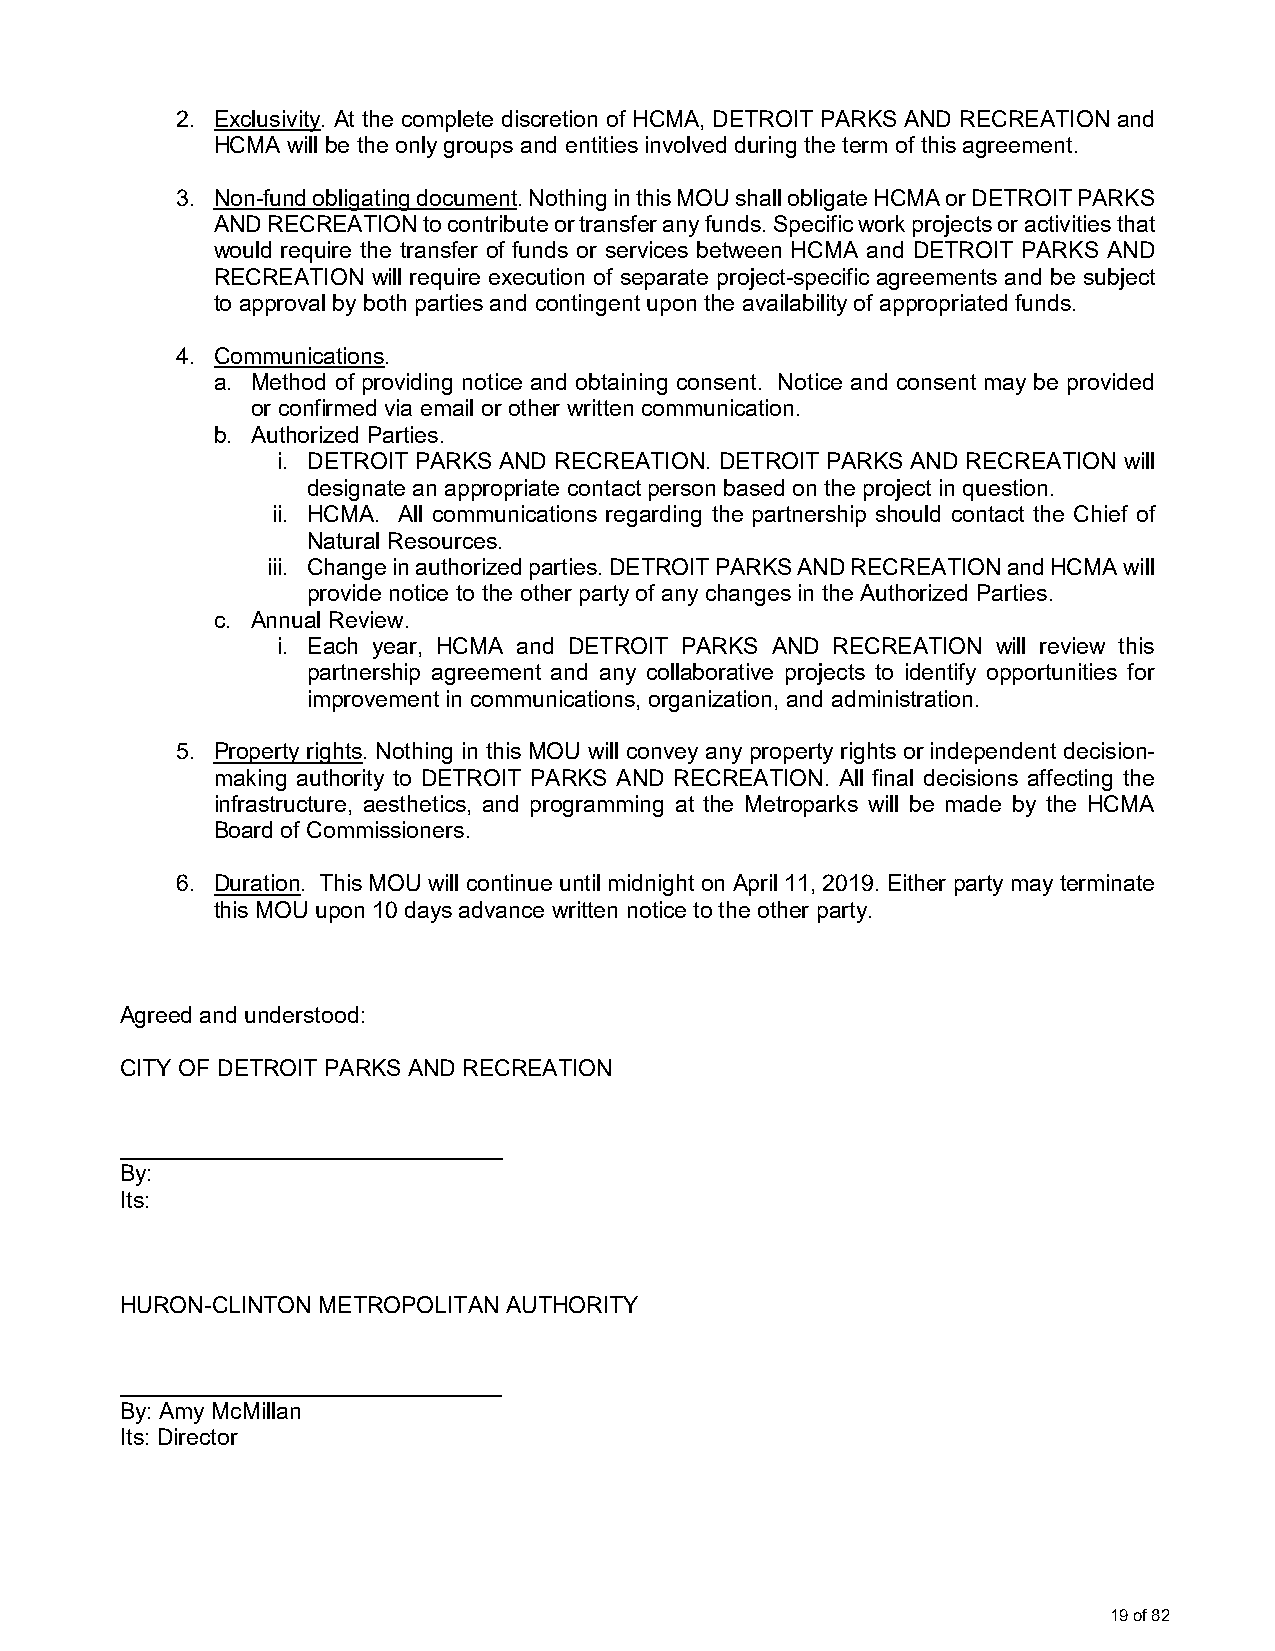
2. Exclusivity. At the complete discretion of HCMA, DETROIT PARKS AND RECREATION and
 HCMA will be the only groups and entities involved during the term of this agreement.
 3. Non-fund obligating document. Nothing in this MOU shall obligate HCMA or DETROIT PARKS
 AND RECREATION to contribute or transfer any funds. Specific work projects or activities that
 would require the transfer of funds or services between HCMA and DETROIT PARKS AND
 RECREATION will require execution of separate project-specific agreements and be subject
 to approval by both parties and contingent upon the availability of appropriated funds.
 4. Communications.
 a. Method of providing notice and obtaining consent. Notice and consent may be provided
 or confirmed via email or other written communication.
 b. Authorized Parties.
 i. DETROIT PARKS AND RECREATION. DETROIT PARKS AND RECREATION will
 designate an appropriate contact person based on the project in question.
 ii. HCMA. All communications regarding the partnership should contact the Chief of
 Natural Resources.
 iii. Change in authorized parties. DETROIT PARKS AND RECREATION and HCMA will
 provide notice to the other party of any changes in the Authorized Parties.
 c. Annual Review.
 i. Each year, HCMA and DETROIT PARKS AND RECREATION will review this
 partnership agreement and any collaborative projects to identify opportunities for
 improvement in communications, organization, and administration.
 5. Property rights. Nothing in this MOU will convey any property rights or independent decision-
 making authority to DETROIT PARKS AND RECREATION. All final decisions affecting the
 infrastructure, aesthetics, and programming at the Metroparks will be made by the HCMA
 Board of Commissioners.
 6. Duration. This MOU will continue until midnight on April 11, 2019. Either party may terminate
 this MOU upon 10 days advance written notice to the other party.
 Agreed and understood:
 CITY OF DETROIT PARKS AND RECREATION
 ______________________________
 By:
 Its:
 HURON-CLINTON METROPOLITAN AUTHORITY
 ______________________________
 By: Amy McMillan
 Its: Director
 19 of 82